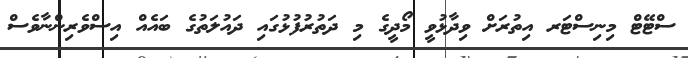
ސްޓޭޓް މިނިސްޓަރ އިތުރަށް ވިދާޅުވީ މޯދީގެ މި ދަތުރުފުޅުގައި ދައުލަތުގެ ބައެއް އިސްވެރިންނާވެސް